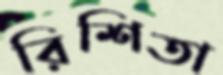
রিশিতা